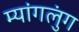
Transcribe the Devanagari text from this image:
म्यांगलुंग